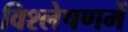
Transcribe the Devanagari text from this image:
विश्लेषणमें